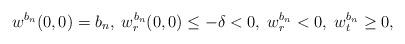
LaTeX: \begin{align*} w^{b_n}(0,0)=b_n,\; w^{b_n}_r(0,0)\leq -\delta<0,\; w^{b_n}_r<0,\; w^{b_n}_t\geq 0,\end{align*}